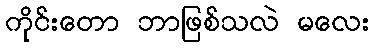
ကိုင်းတော ဘာဖြစ်သလဲ မလေး